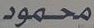
محمود